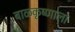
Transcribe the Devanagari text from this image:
बाळकृष्णाला